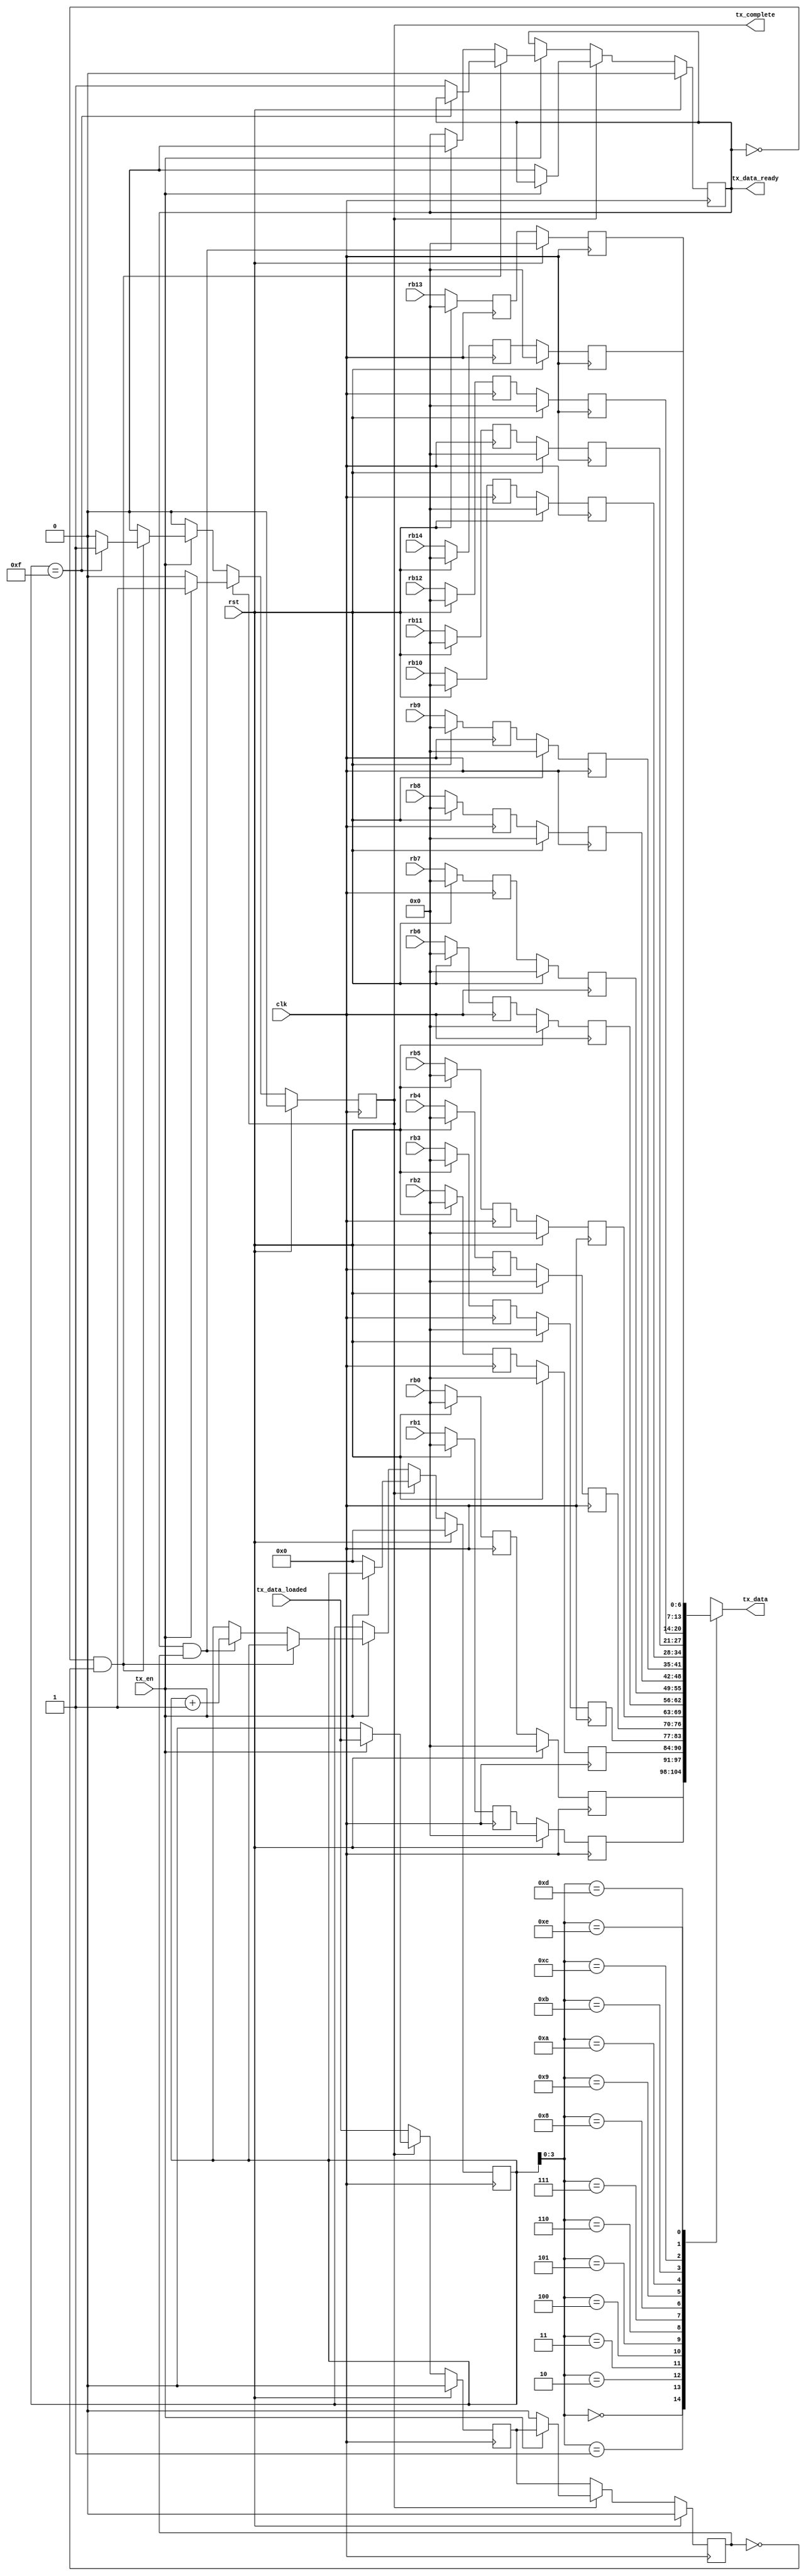
module monitor_readback(
	clk,
	rst,
	tx_en,
	tx_data_ready,
	tx_data,
	tx_data_loaded,
	tx_complete,
	rb0,
	rb1,
	rb2,
	rb3,
	rb4,
	rb5,
	rb6,
	rb7,
	rb8,
	rb9,
	rb10,
	rb11,
	rb12,
	rb13,
	rb14
);
parameter N_READBACKS = 15;
input					clk;
input					rst;
input					tx_en;
input					tx_data_loaded;
output	reg		tx_data_ready;
output [6:0]	tx_data;
output	reg		tx_complete;
input	  [6:0]		rb0;
input	  [6:0]		rb1;
input	  [6:0]		rb2;
input	  [6:0]		rb3;
input	  [6:0]		rb4;
input	  [6:0]		rb5;
input	  [6:0]		rb6;
input	  [6:0]		rb7;
input	  [6:0]		rb8;
input	  [6:0]		rb9;
input	  [6:0]		rb10;
input	  [6:0]		rb11;
input	  [6:0]		rb12;
input	  [6:0]		rb13;
input	  [6:0]		rb14;
reg [6:0] readbacks_a [0:N_READBACKS-1];
reg [6:0] readbacks_b [0:N_READBACKS-1];
integer i;
always @(posedge clk) begin
	if (rst) begin
		for (i=0; i < N_READBACKS; i=i+1) begin
			readbacks_a[i] <= 0;
			readbacks_b[i] <= 0;
		end
	end else begin
		readbacks_a[0]		<=	rb0;
		readbacks_a[1]		<=	rb1;
		readbacks_a[2]		<=	rb2;
		readbacks_a[3]		<=	rb3;
		readbacks_a[4]		<=	rb4;
		readbacks_a[5]		<=	rb5;
		readbacks_a[6]		<=	rb6;
		readbacks_a[7]		<=	rb7;
		readbacks_a[8]		<=	rb8;
		readbacks_a[9]		<=	rb9;
		readbacks_a[10]	<=	rb10;
		readbacks_a[11]	<=	rb11;
		readbacks_a[12]	<=	rb12;
		readbacks_a[13]	<=	rb13;
		readbacks_a[14]	<=	rb14;
		for (i=0; i < N_READBACKS; i=i+1) begin
			readbacks_b[i] <= readbacks_a[i];
		end
	end
end
reg [4:0]   tx_cnt;
reg			tx_data_loaded1;
reg			tx_data_loaded2;
always @(posedge clk) begin
	if (rst) begin
		tx_cnt <= 0;
		tx_data_ready <= 0;
		tx_data_loaded1 <= 0;
		tx_data_loaded2 <= 0;
		tx_complete <= 0;
	end else begin
		tx_data_loaded1 <= tx_data_loaded;
		tx_data_loaded2 <= tx_data_loaded1;
		if (!tx_complete) begin
			if (tx_en) begin
				if (!tx_data_ready && !tx_data_loaded2) begin
					if (tx_cnt == N_READBACKS) begin
							tx_complete <= 1;
					end else begin
						tx_data_ready <= 1;
					end
				end else begin
					if (tx_data_ready && tx_data_loaded2) begin
						tx_data_ready <= 0;
						tx_cnt <= tx_cnt + 1;
					end
				end
			end
		end else begin
			if (!tx_en) begin
				tx_cnt <= 0;
				tx_data_ready <= 0;
				tx_data_loaded1 <= 0;
				tx_data_loaded2 <= 0;
				tx_complete <= 0;
			end
		end
	end
end
assign tx_data = readbacks_b[tx_cnt];
endmodule